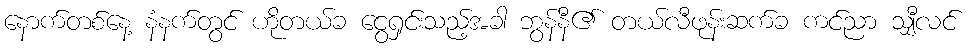
နောက်တစ်နေ့ နံနက်တွင် ဟိုတယ်ခ ငွေရှင်းသည့်အခါ ဘွန်နီ၏ တယ်လီဖုန်းဆက်ခ ကင်ညာ သျှီလင်